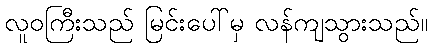
လူဝကြီးသည် မြင်းပေါ်မှ လန်ကျသွားသည်။